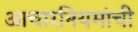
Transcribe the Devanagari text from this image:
आचारनियमांची